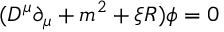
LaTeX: ( D ^ { \mu } \partial _ { \mu } + m ^ { 2 } + \xi R ) \phi = 0